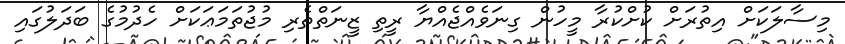
މިސާލަކަށް އިތުރަށް ކުށްކުރާ މީހުން ގިނަވެއްޖެއްޔާ ރީތި ޒީނަތްތެރި މުޖުތަމަޢަކަށް ހެދުމުގެ ބަދަލުގައި